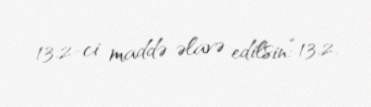
13.2-ci maddə əlavə edilsin:“13.2.